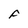
Character: F